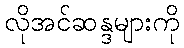
လိုအင်ဆန္ဒများကို